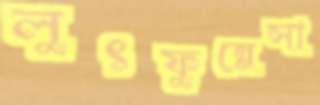
লুৎফুন্নেসা